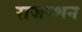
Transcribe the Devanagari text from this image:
राजस्थन